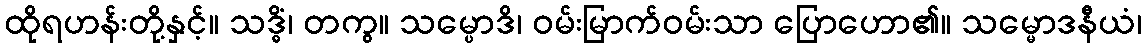
ထိုရဟန်းတို့နှင့်။ သဒ္ဓိံ၊ တကွ။ သမ္ပောဒိ၊ ဝမ်းမြာက်ဝမ်းသာ ပြောဟော၏။ သမ္မောဒနီယံ၊